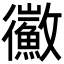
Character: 鰴